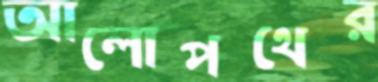
আলোপথের